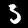
Digit: 3